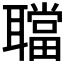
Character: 𦗴